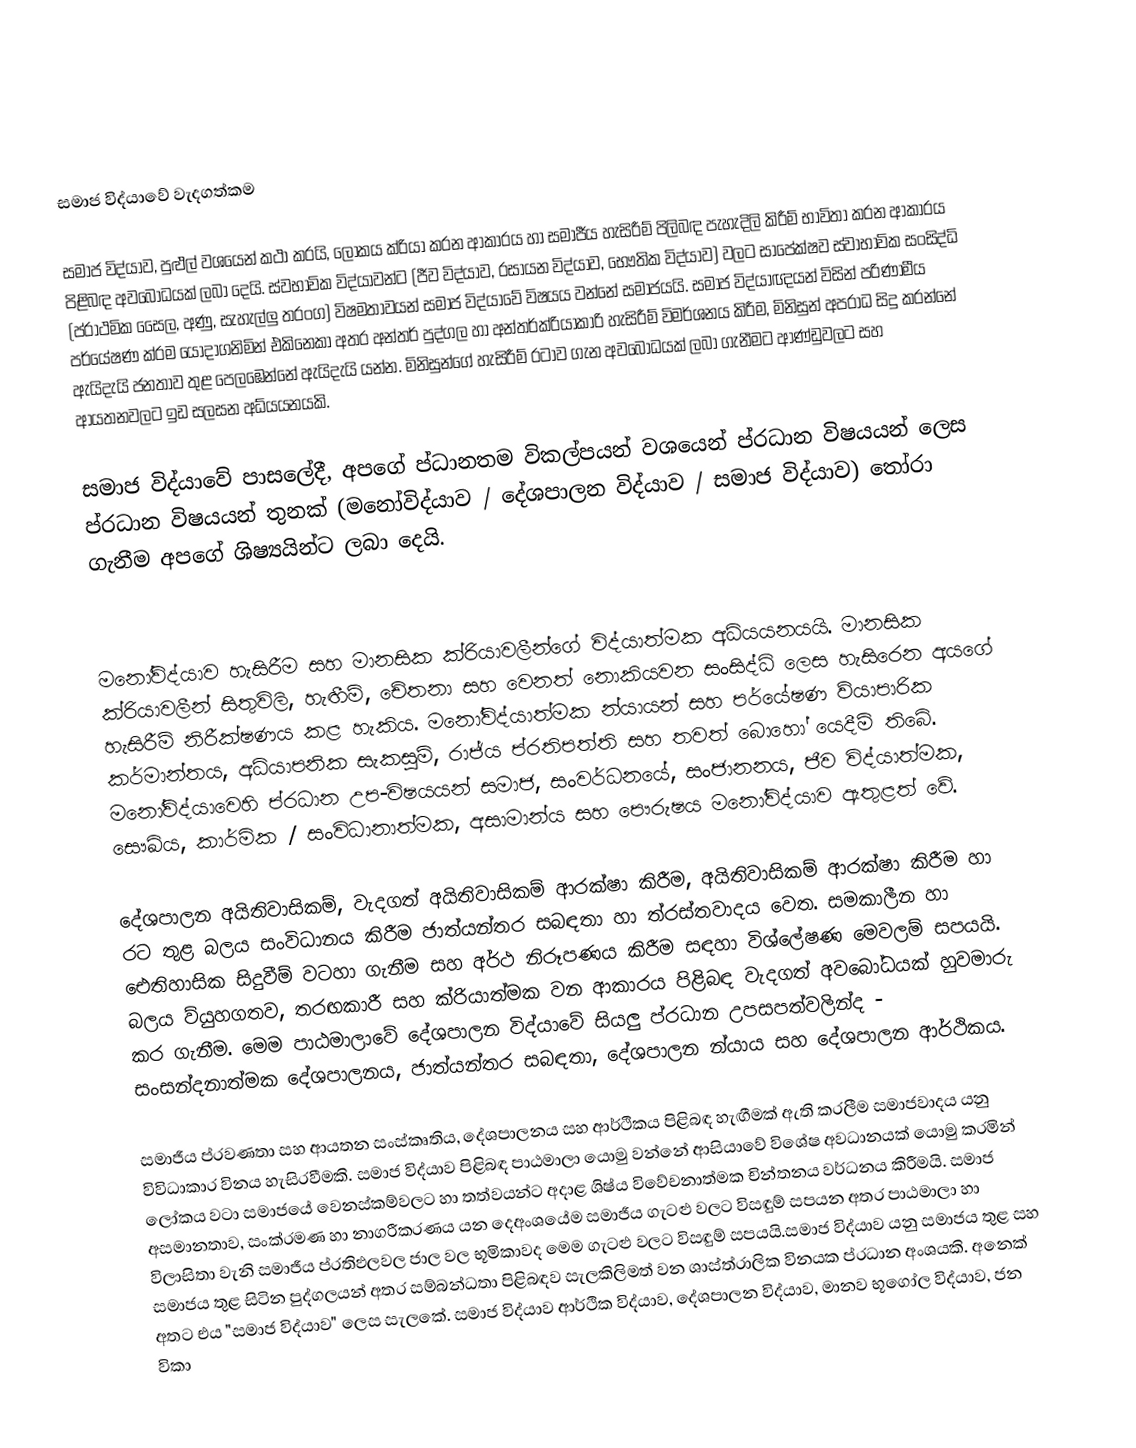

සමාජ විද්යාවේ වැදගත්කම

සමාජ විද්යාව, පුළුල් වශයෙන් කථා කරයි, ලෝකය ක්රියා කරන ආකාරය හා සමාජීය හැසිරීම් පිලිබඳ පැහැදිලි කිරීම් භාවිතා කරන ආකාරය පිළිබඳ අවබෝධයක් ලබා දෙයි. ස්වභාවික විද්යාවන්ට (ජීව විද්යාව, රසායන විද්යාව, භෞතික විද්යාව) වලට සාපේක්ෂව ස්වාභාවික සංසිද්ධි (ප්රාථමික සෛල, අණු, සැහැල්ලු තරංග) විෂමතාවයන් සමාජ විද්යාවේ විෂයය වන්නේ සමාජයයි. සමාජ විද්යාඥයන් විසින් පරිණාමීය පර්යේෂණ ක්රම යොදාගනිමින් එකිනෙකා අතර අන්තර් පුද්ගල හා අන්තර්ක්රියාකාරි හැසිරීම් විමර්ශනය කිරීම, මිනිසුන් අපරාධ සිදු කරන්නේ ඇයිදැයි ජනතාව තුළ පෙලඹෙන්නේ ඇයිදැයි යන්න. මිනිසුන්ගේ හැසිරීම් රටාව ගැන අවබෝධයක් ලබා ගැනීමට ආණ්ඩුවලට සහ ආයතනවලට ඉඩ සලසන අධ්යයනයකි.

සමාජ විද්යාවේ පාසලේදී, අපගේ ප්ධානතම විකල්පයන් වශයෙන් ප්රධාන විෂයයන් ලෙස ප්රධාන විෂයයන් තුනක් (මනෝවිද්යාව / දේශපාලන විද්යාව / සමාජ විද්යාව) තෝරා ගැනීම අපගේ ශිෂ්‍යයින්ට ලබා දෙයි.

මනෝවිද්යාව හැසිරීම සහ මානසික ක්රියාවලීන්ගේ විද්යාත්මක අධ්යයනයයි. මානසික ක්රියාවලීන් සිතුවිලි, හැඟීම්, චේතනා සහ වෙනත් නොකියවන සංසිද්ධි ලෙස හැසිරෙන අයගේ හැසිරීම් නිරීක්ෂණය කළ හැකිය. මනෝවිද්යාත්මක න්යායන් සහ පර්යේෂණ ව්යාපාරික කර්මාන්තය, අධ්යාපනික සැකසුම්, රාජ්ය ප්රතිපත්ති සහ තවත් බොහෝ යෙදීම් තිබේ. මනෝවිද්යාවෙහි ප්රධාන උප-විෂයයන් සමාජ, සංවර්ධනයේ, සංජානනය, ජීව විද්යාත්මක, සෞඛ්ය, කාර්මික / සංවිධානාත්මක, අසාමාන්ය සහ පෞරුෂය මනෝවිද්යාව ඇතුළත් වේ.

දේශපාලන අයිතිවාසිකම්, වැදගත් අයිතිවාසිකම් ආරක්ෂා කිරීම, අයිතිවාසිකම් ආරක්ෂා කිරීම හා රට තුළ බලය සංවිධානය කිරීම ජාත්යන්තර සබඳතා හා ත්රස්තවාදය වෙත. සමකාලීන හා ඓතිහාසික සිදුවීම් වටහා ගැනීම සහ අර්ථ නිරූපණය කිරීම සඳහා විශ්ලේෂණ මෙවලම් සපයයි. බලය ව්යුහගතව, තරඟකාරී සහ ක්රියාත්මක වන ආකාරය පිළිබඳ වැදගත් අවබෝධයක් හුවමාරු කර ගැනීම. මෙම පාඨමාලාවේ දේශපාලන විද්යාවේ සියලු ප්රධාන උපසපත්වලින්ද - සංසන්දනාත්මක දේශපාලනය, ජාත්යන්තර සබඳතා, දේශපාලන න්යාය සහ දේශපාලන ආර්ථිකය.

සමාජීය ප්රවණතා සහ ආයතන සංස්කෘතිය, දේශපාලනය සහ ආර්ථිකය පිළිබඳ හැඟීමක් ඇති කරලීම සමාජවාදය යනු විවිධාකාර විනය හැසිරවීමකි. සමාජ විද්යාව පිළිබඳ පාඨමාලා යොමු වන්නේ ආසියාවේ විශේෂ අවධානයක් යොමු කරමින් ලෝකය වටා සමාජයේ වෙනස්කම්වලට හා තත්වයන්ට අදාළ ශිෂ්ය විවේචනාත්මක චින්තනය වර්ධනය කිරීමයි. සමාජ අසමානතාව, සංක්රමණ හා නාගරීකරණය යන දෙඅංශයේම සමාජීය ගැටළු වලට විසඳුම් සපයන අතර පාඨමාලා හා විලාසිතා වැනි සමාජීය ප්රතිඵලවල ජාල වල භූමිකාවද මෙම ගැටළු වලට විසඳුම් සපයයි.සමාජ විද්යාව යනු සමාජය තුළ සහ සමාජය තුළ සිටින පුද්ගලයන් අතර සම්බන්ධතා පිළිබඳව සැලකිලිමත් වන ශාස්ත්රාලික විනයක ප්රධාන අංශයකි. අනෙක් අතට එය "සමාජ විද්යාව" ලෙස සැලකේ. සමාජ විද්යාව ආර්ථික විද්යාව, දේශපාලන විද්යාව, මානව භූගෝල විද්යාව, ජන විකා